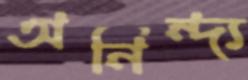
অনিন্দ্য